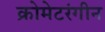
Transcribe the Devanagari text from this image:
क्रोमेटरंगीन